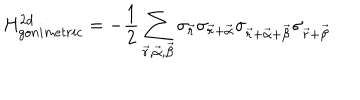
LaTeX: H _ { g o n i m e t r i c } ^ { 2 d } = - \frac { 1 } { 2 } \sum _ { \vec { r } , \vec { \alpha } , \vec { \beta } } \sigma _ { \vec { r } } \sigma _ { \vec { r } + \vec { \alpha } } \sigma _ { \vec { r } + \vec { \alpha } + \vec { \beta } } \sigma _ { \vec { r } + \vec { \beta } }